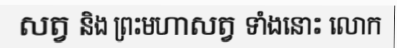
សត្វ និង ព្រះមហាសត្វ ទាំងនោះ លោក